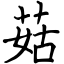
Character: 菇